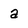
Character: a